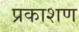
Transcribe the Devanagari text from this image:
प्रकाशण